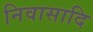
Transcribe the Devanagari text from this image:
निवासादि